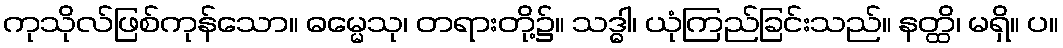
ကုသိုလ်ဖြစ်ကုန်သော။ ဓမ္မေသု၊ တရားတို့၌။ သဒ္ဓါ၊ ယုံကြည်ခြင်းသည်။ နတ္ထိ၊ မရှိ။ ပ။